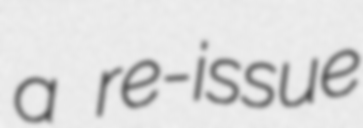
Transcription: a re-issue